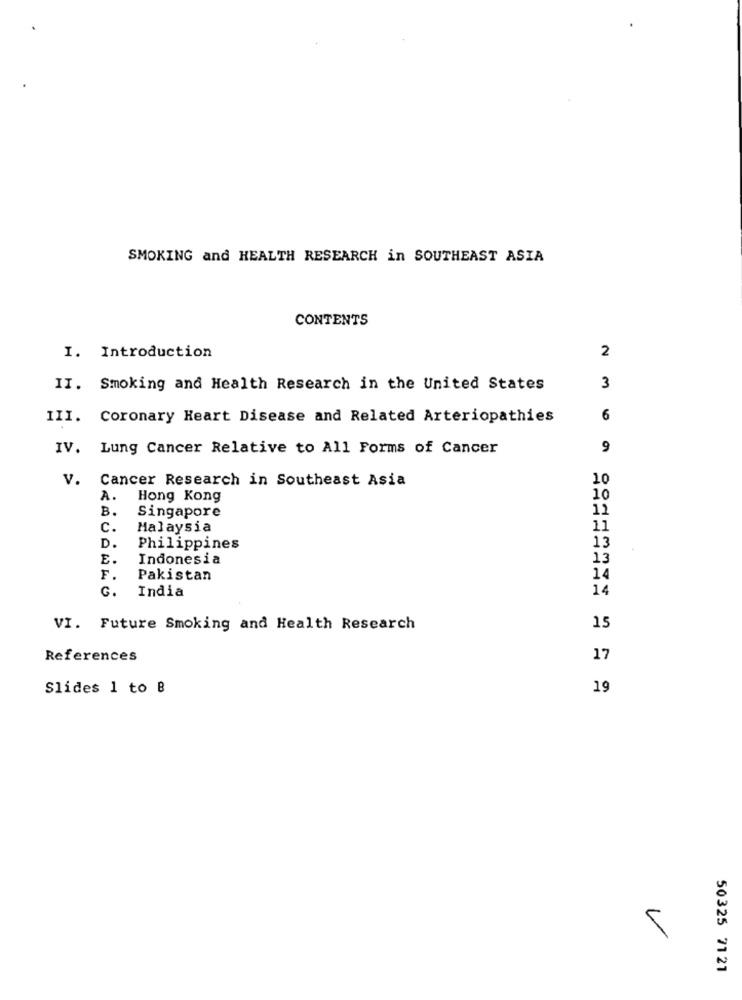
SMOKING and HEALTH RESEARCH in SOUTHEAST ASIA
CONTENTS
2
I. Introduction
II. Smoking and Health Research in the United States
3
III. Coronary Heart Disease and Related Arteriopathies
6
IV. Lung Cancer Relative to All Forms of Cancer
9
v.
Cancer Research in Southeast Asia
10
A.
Hong Kong
10
B.
Singapore
12
C.
Malaysia
11
13
D.
Philippines
E.
Indonesia
13
F.
Pakistan
14
G.
India
14
VI. Future Smoking and Health Research
15
References
17
Slides 1 to B
19
5
50325 71 21